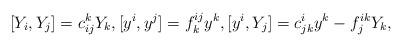
LaTeX: \begin{align*}[Y_i,Y_j]= c^k_{ij}Y_k, [y^i,y^j]= f^{ij}_k y^k, [y^i,Y_j]= c^i_{jk}y^k- f^{ik}_j Y_k ,\end{align*}